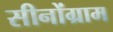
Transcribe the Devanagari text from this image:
सीनोंग्राम